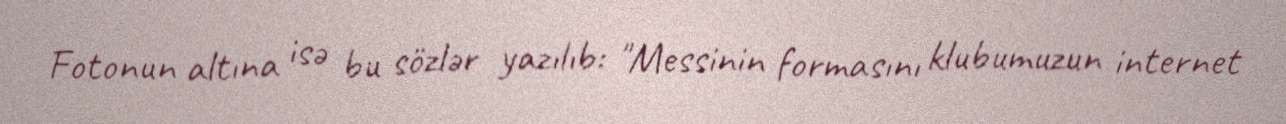
Fotonun altına isə bu sözlər yazılıb: "Messinin formasını klubumuzun internet